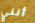
أنني